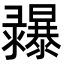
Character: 𢑾